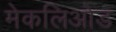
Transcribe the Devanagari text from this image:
मेकलिओड